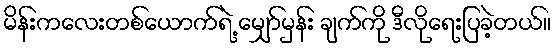
မိန်းကလေးတစ်ယောက်ရဲ့ မျှော်မှန်း ချက်ကို ဒီလိုရေးပြခဲ့တယ်။